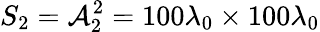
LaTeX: S_{2}=\mathcal{A}_{2}^{2}=100\lambda_{0}\times100\lambda_{0}